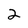
Character: 2